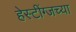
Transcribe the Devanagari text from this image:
हेस्टींग्जच्या